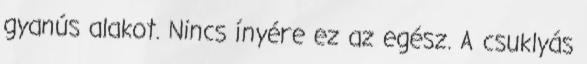
gyanús alakot. Nincs ínyére ez az egész. A csuklyás